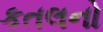
કતલનો